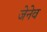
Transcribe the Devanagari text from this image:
जेनेव